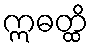
ဣဓတ္ထိ